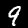
Digit: 9